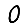
Digit: 0